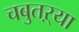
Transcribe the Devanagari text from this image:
चबुतऱ्या